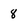
Character: 8